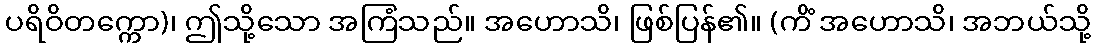
ပရိဝိတက္ကော)၊ ဤသို့သော အကြံသည်။ အဟောသိ၊ ဖြစ်ပြန်၏။ (ကိံ အဟောသိ၊ အဘယ်သို့